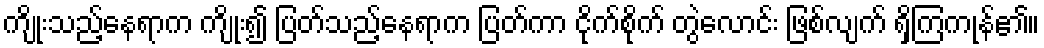
ကျိုးသည့်နေရာက ကျိုး၍ ပြတ်သည့်နေရာက ပြတ်ကာ ငိုက်စိုက် တွဲလောင်း ဖြစ်လျက် ရှိကြကုန်၏။